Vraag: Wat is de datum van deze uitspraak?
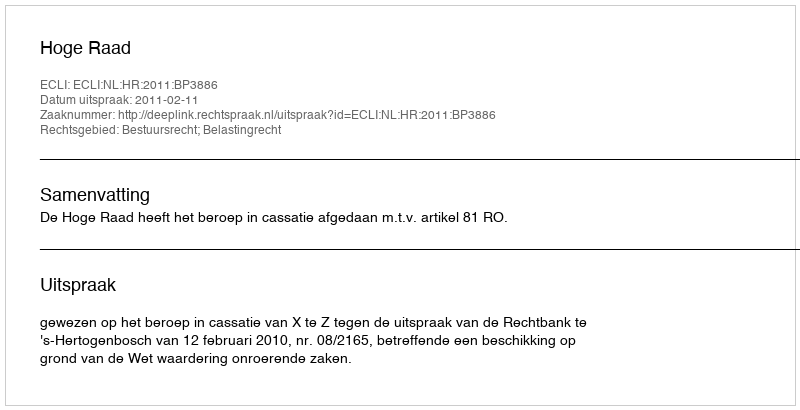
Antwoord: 2011-02-11